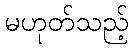
မဟုတ်သည့်